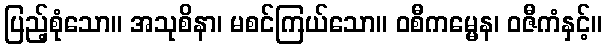
ပြည့်စုံသော။ အသုစိနာ၊ မစင်ကြယ်သော။ ဝစီကမ္မေန၊ ဝဇီကံနှင့်။